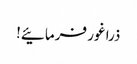
ذرا غور فرمائیے!